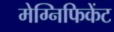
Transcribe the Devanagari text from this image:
मेग्निफिकेंट